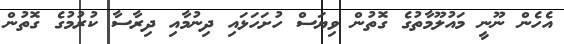
އެހެން ނޫނީ މައުލޫމާތުގެ ގޮތުން ވިޔަސް ހުށަހަޅައި ދިނުމާއި ދިރާސާ ކުރުމުގެ ގޮތުން